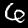
Label: 6